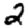
Digit: 2